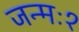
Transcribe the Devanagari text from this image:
जन्मः१